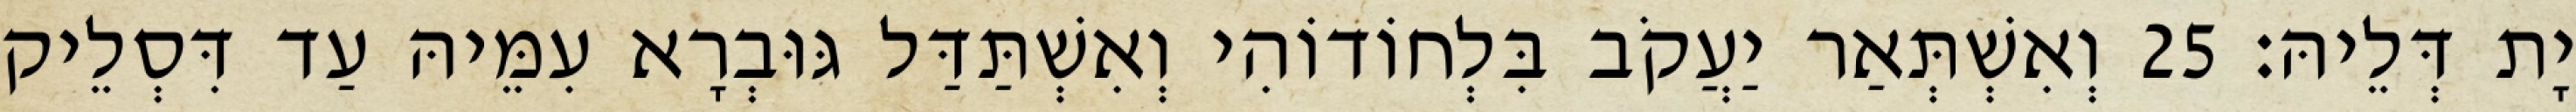
יָת דְּלֵיהּ׃ 25 וְאִשְׁתְּאַר יַעֲקֹב בִּלְחוֹדוֹהִי וְאִשְׁתַּדַּל גּוּבְרָא עִמֵּיהּ עַד דִּסְלֵיק